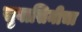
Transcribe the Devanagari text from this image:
सुवासिनीचा